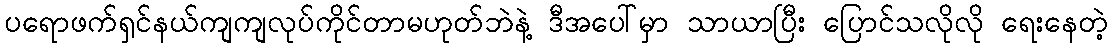
ပရောဖက်ရှင်နယ်ကျကျလုပ်ကိုင်တာမဟုတ်ဘဲနဲ့ ဒီအပေါ်မှာ သာယာပြီး ပြောင်သလိုလို ရေးနေတဲ့